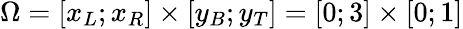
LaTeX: \Omega=[x_{L};x_{R}]\times[y_{B};y_{T}]=[0;3]\times[0;1]